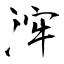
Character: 浶